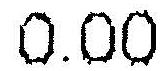
0.00